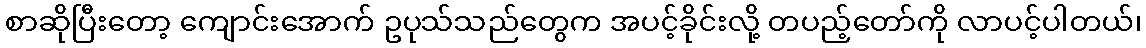
စာဆိုပြီးတော့ ကျောင်းအောက် ဥပုသ်သည်တွေက အပင့်ခိုင်းလို့ တပည့်တော်ကို လာပင့်ပါတယ်၊